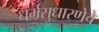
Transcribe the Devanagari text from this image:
धर्मसुधारणेचे